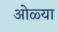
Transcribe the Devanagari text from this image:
ओळ्या